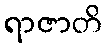
ရာဇာတိ